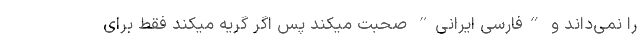
را نمی‌داند و “فارسیِ ایرانی” صحبت میکند پس اگر گریه میکند فقط برای